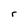
Character: r